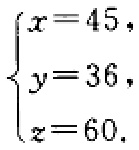
\[\begin{cases}
x = 45,\\
y = 36,\\
z = 60.
\end{cases}\]